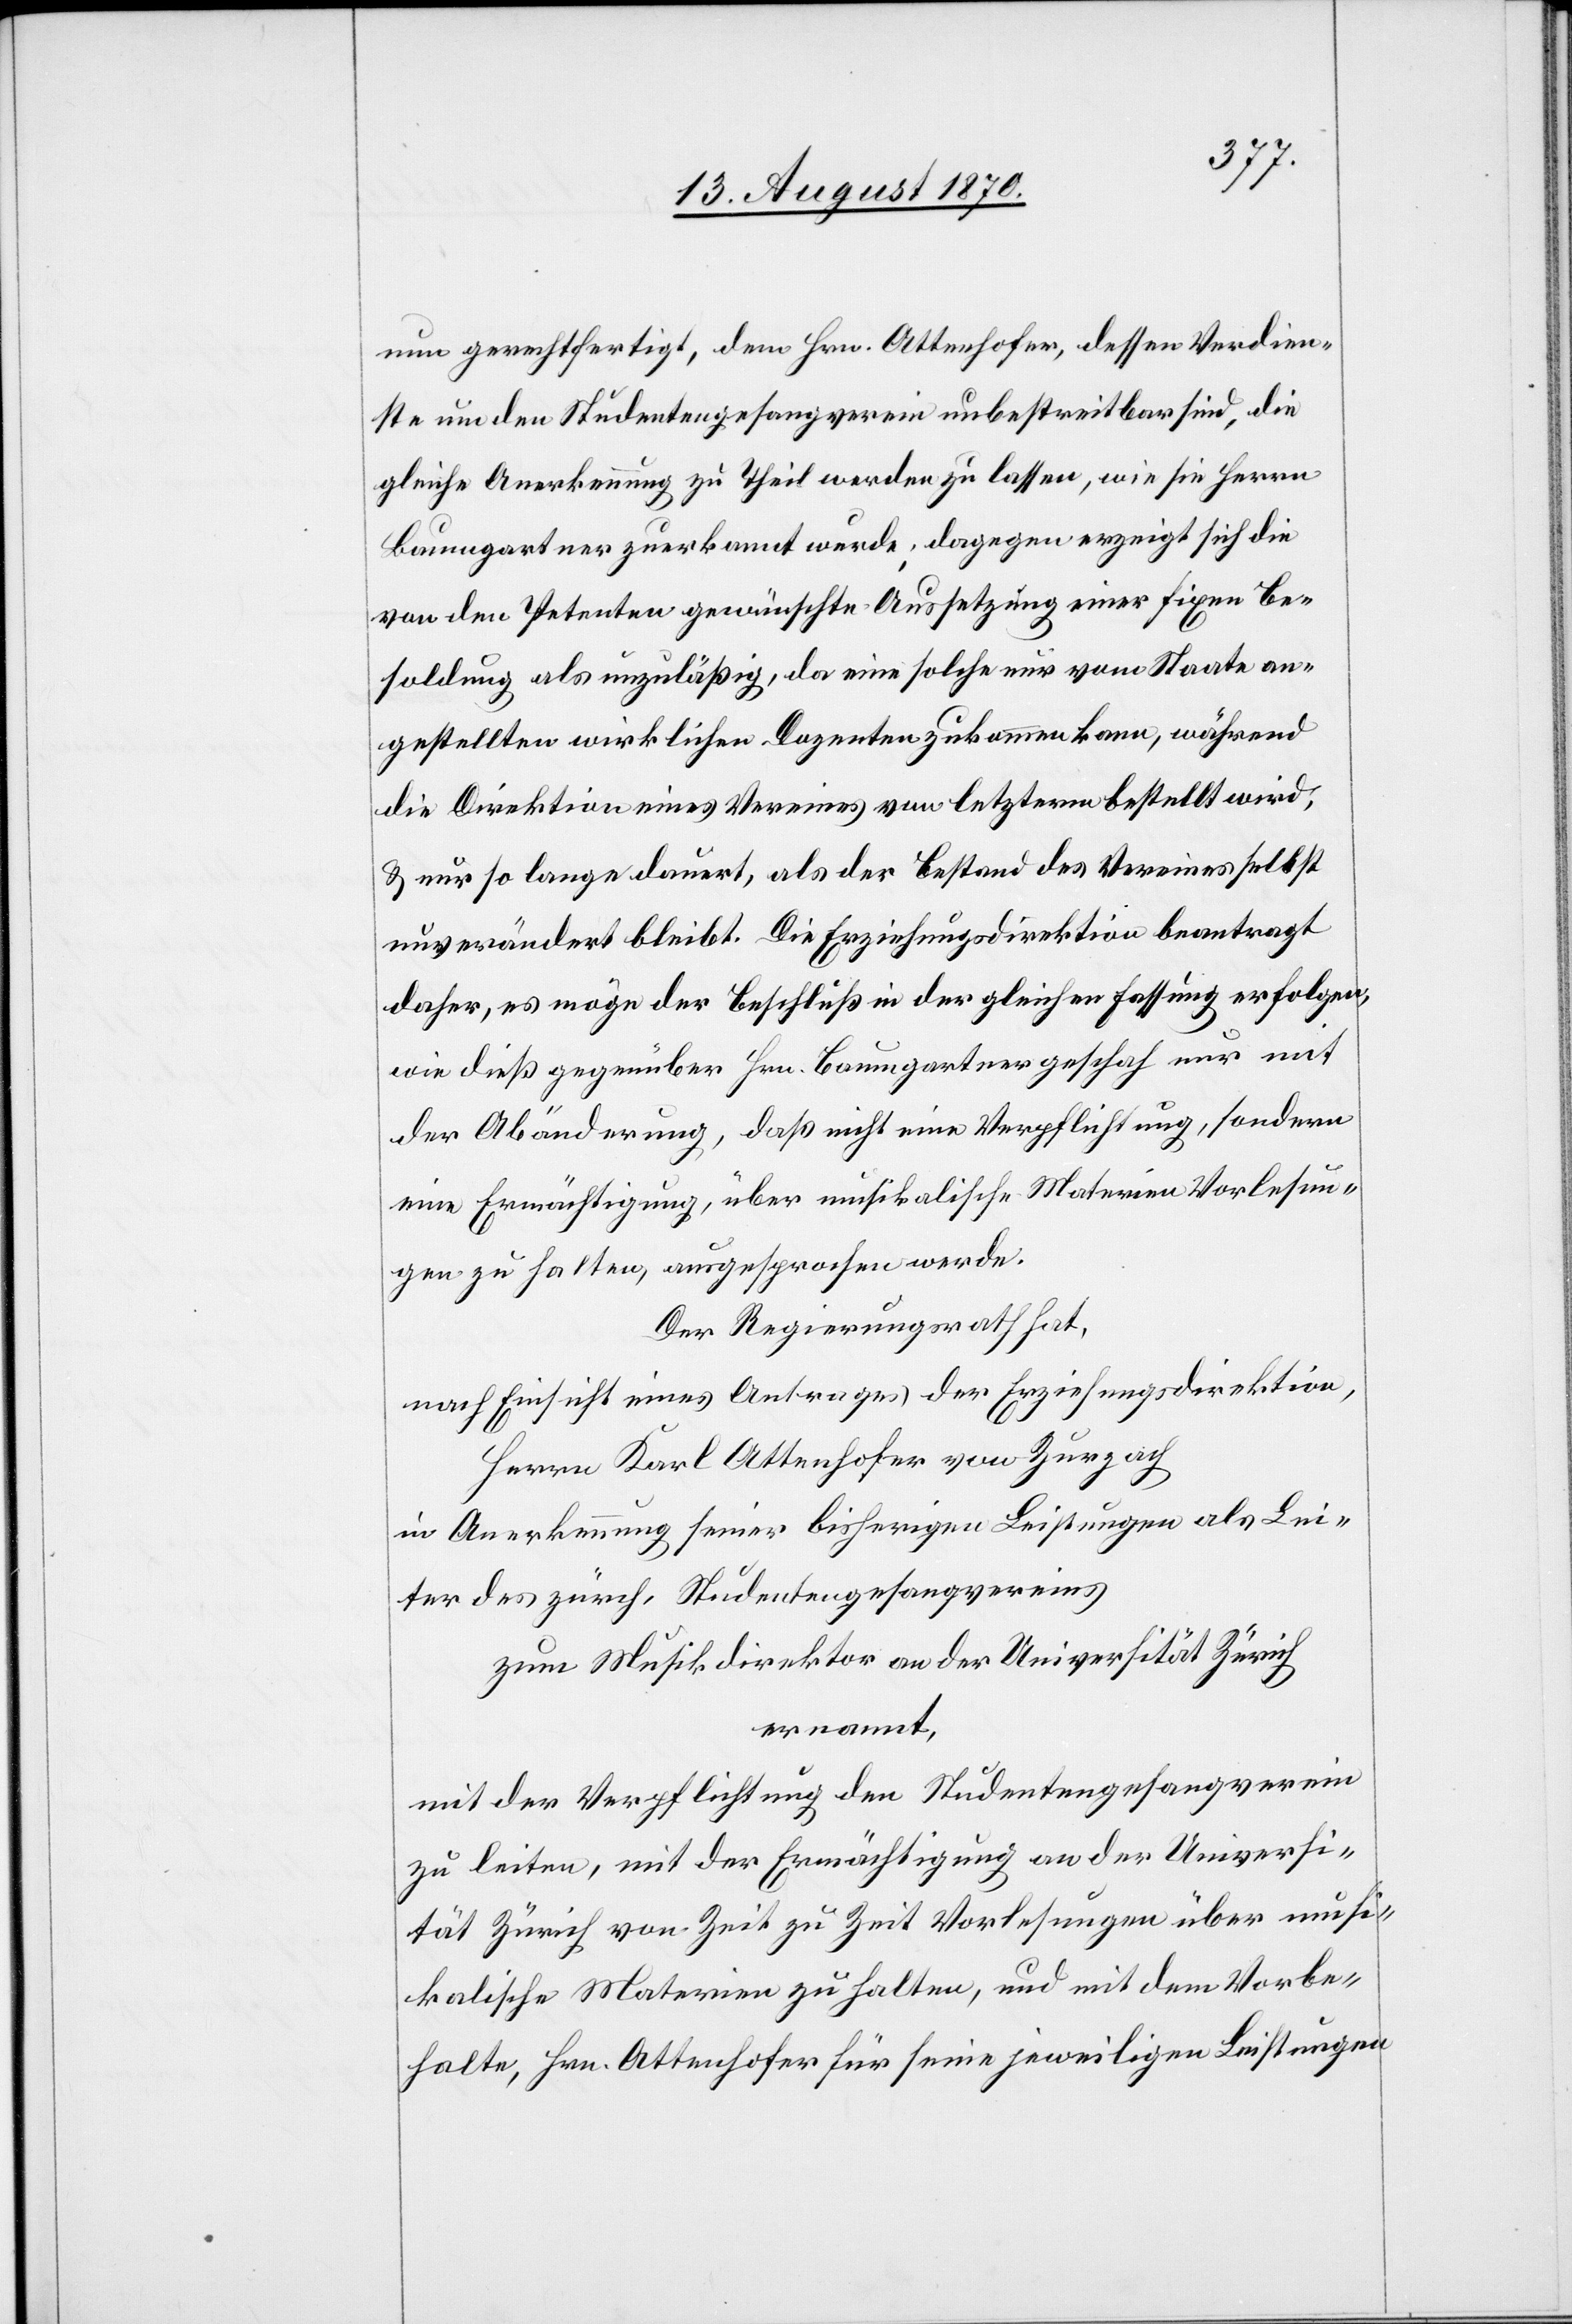
nun gerechtfertigt, dem Hrn. Attenhofer, dessen Verdien¬
ste um den Studentengesangverein unbestritten sind, die
gleiche Anerkennung zu Theil werden zu lassen, wie sie Herrn
Baumgartner zuerkannt wurde; dagegen erzeigt sich die
von den Petenten gewünschte Aussetzung einer fixen Be¬
soldung als unzuläßig, da eine solche nur vom Staate an¬
gestellten wirklichen Dozenten zukommen kann, während
die Direktion eines Vereins von letztern bestellt wird,
& nur so lange dauert, als der Bestand des Vereines selbst
unverändert bleibt. Die Erziehungsdirektion beantragt
daher, es möge der Beschluß in der gleichen Fassung erfolgen,
wie dieß gegenüber Hrn. Baumgartner geschah nur mit
der Abänderung, daß nicht eine Verpflichtung, sondern
eine Ermächtigung, über musikalische Materien Vorlesun¬
gen zu halten, ausgesprochen werde.
Der Regierungsrath hat,
nach Einsicht eines Antrages der Erziehungsdirektion,
Herrn Karl Attenhofer von Zurzach
in Anerkennung seiner bisherigen Leistungen als Lei¬
ter des zürch. Studentengesangvereins
zum Musikdirektor an der Universität Zürich
ernannt,
mit der Verpflichtung den Studentengesangverein
zu leiten, mit der Ermächtigung an der Universi¬
tät Zürich von Zeit zu Zeit Vorlesungen über musi¬
kalische Materien zu halten, und mit dem Vorbe¬
halte, Hrn. Attenhofer für seine jeweiligen Leistungen